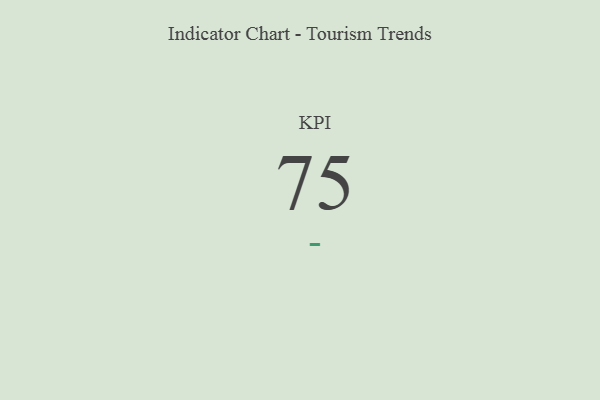
{"axis": {"x": "KPI", "y": "Value"}, "legend": [""], "data": [{"x": "KPI", "y": 75, "type": ""}]}